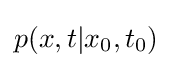
p(x,t|x_{0},t_{0})